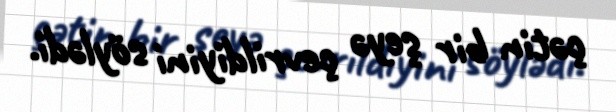
çətin bir şeyə çevrildiyini söylədi.